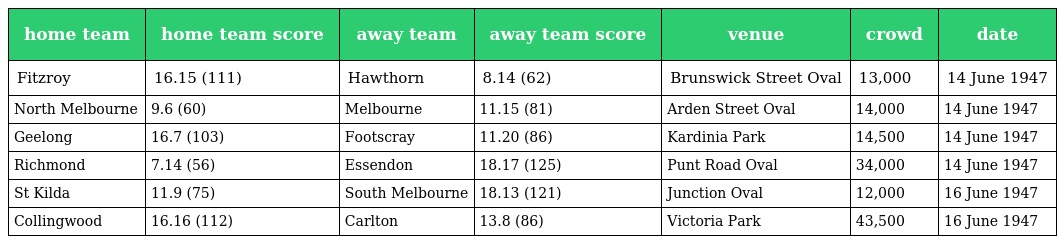
| home team | home team score | away team | away team score | venue | crowd | date |
 | --- | --- | --- | --- | --- | --- | --- |
 | Fitzroy | 16.15 (111) | Hawthorn | 8.14 (62) | Brunswick Street Oval | 13,000 | 14 June 1947 |
 | North Melbourne | 9.6 (60) | Melbourne | 11.15 (81) | Arden Street Oval | 14,000 | 14 June 1947 |
 | Geelong | 16.7 (103) | Footscray | 11.20 (86) | Kardinia Park | 14,500 | 14 June 1947 |
 | Richmond | 7.14 (56) | Essendon | 18.17 (125) | Punt Road Oval | 34,000 | 14 June 1947 |
 | St Kilda | 11.9 (75) | South Melbourne | 18.13 (121) | Junction Oval | 12,000 | 16 June 1947 |
 | Collingwood | 16.16 (112) | Carlton | 13.8 (86) | Victoria Park | 43,500 | 16 June 1947 |